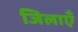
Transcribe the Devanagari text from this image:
जिलाएँ